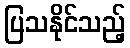
ပြသနိုင်သည့်